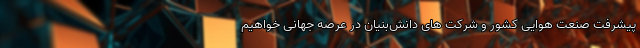
پیشرفت صنعت هوایی کشور و شرکت های دانش‌بنیان در عرصه جهانی خواهیم